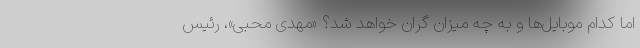
اما کدام موبایل‌ها و به چه میزان گران خواهد شد؟ «مهدی محبی»، رئیس